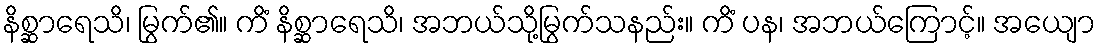
နိစ္ဆာရေသိ၊ မြွက်၏။ ကိံ နိစ္ဆာရေသိ၊ အဘယ်သို့မြွက်သနည်း။ ကိံ ပန၊ အဘယ်ကြောင့်။ အယျော